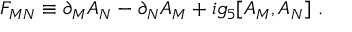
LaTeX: F _ { M N } \equiv \partial _ { M } A _ { N } - \partial _ { N } A _ { M } + i g _ { 5 } [ A _ { M } , A _ { N } ] ~ .